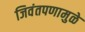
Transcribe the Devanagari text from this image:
जिवंतपणामुळे